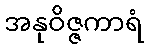
အနုဝိဇ္ဇကာရံ